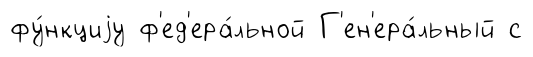
фу́нкциjу ф'ед'ера́льной Г'ен'ера́льный с